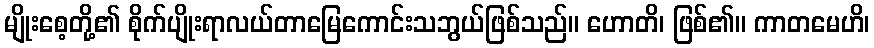
မျိုးစေ့တို့၏ စိုက်ပျိုးရာလယ်တာမြေကောင်းသဘွယ်ဖြစ်သည်။ ဟောတိ၊ ဖြစ်၏။ ကာတမေဟိ၊